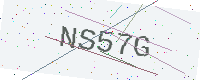
Text: NS57G